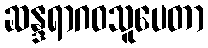
ဆန္ဒရာဂဝသူပေတာ